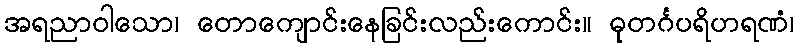
အရညာဝါသော၊ တောကျောင်းနေခြင်းလည်းကောင်း။ ဓုတင်္ဂပရိဟရဏံ၊